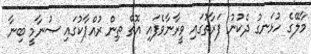
މާލޭގެ ހުޅަނގު ދެކުނު ފަރާތުގައި ވީރާނާވެފައި އޮތް ތިން ރުއްޕާކުގައި ސުނާމީ ބިނާ